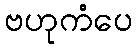
ဗဟုကံပေ